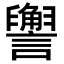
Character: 𬣏